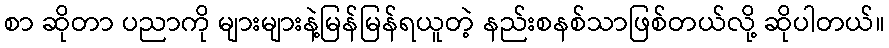
စာ ဆိုတာ ပညာကို များများနဲ့မြန်မြန်ရယူတဲ့ နည်းစနစ်သာဖြစ်တယ်လို့ ဆိုပါတယ်။